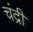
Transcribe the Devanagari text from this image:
चंद्री